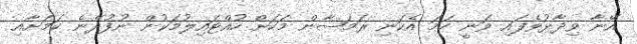
އޭނާ ވިދާޅުވެފައި ވަނީ ހަމަ އެކަނި ރަމަޟާން މަހަށް ހުއްޓައިލުމަކުން ނުފުދޭނެ ކަމަށާއި